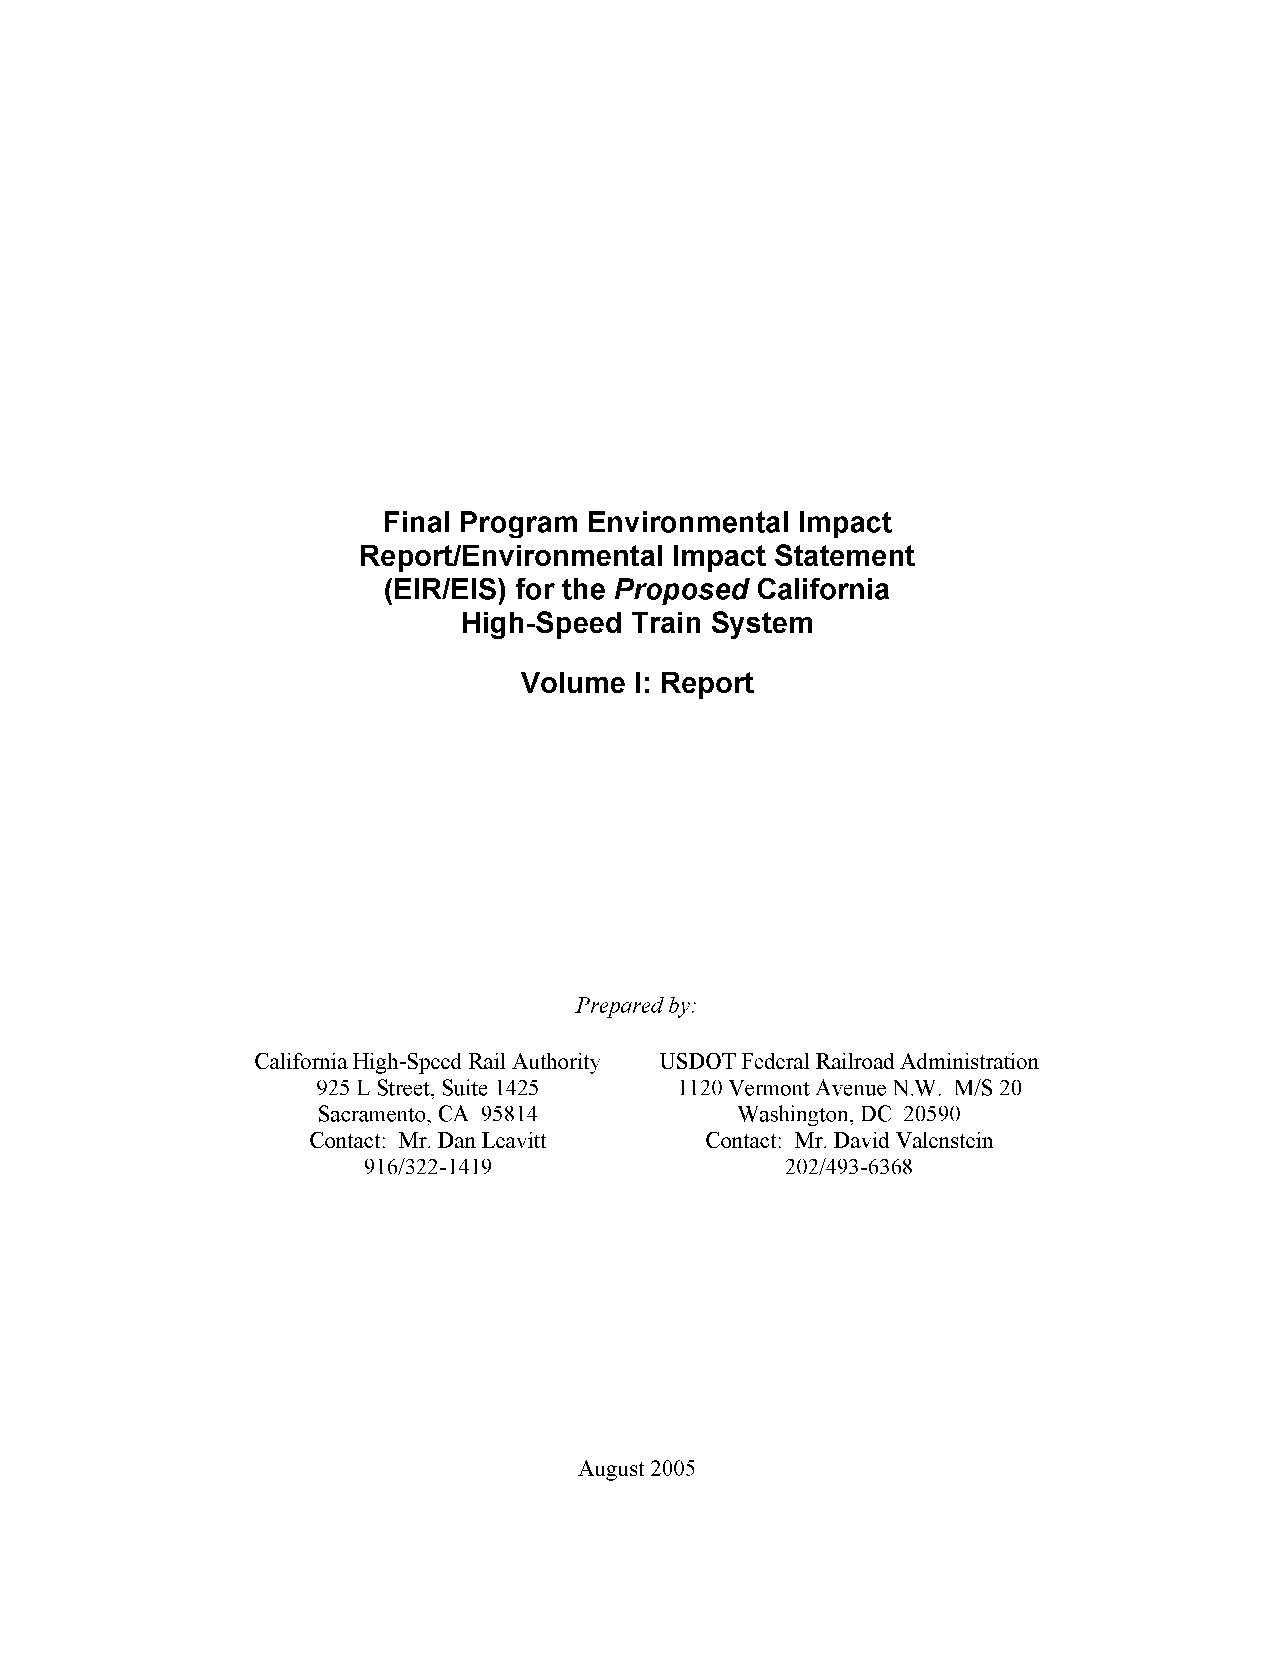
Final Program Environmental Impact
 Report/Environmental Impact Statement
 (EIR/EIS) for the Proposed California
 High-Speed Train System
 Volume  1: Report
 Prepared by:
 California High-Speed Rail Authority USDOT Federal Railroad Administration
 925 L Street, Suite 1425 1120 Vermont Avenue N.W. MIS 20
 Sacramento, CA 95814        Washington, DC 20590
 Contact: Mr. Dan Leavitt  Contact: Mr. David V alenstein
 916/322-1419                202/493-6368
 August 2005